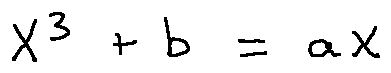
X ^ { 3 } + b = a X